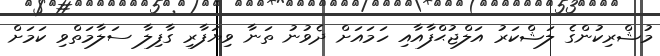
މުޝްރިކުންގެ ލަޝްކަރު އަލްޖުޙްފާއާއި ހަމައަށް ދެވުނު ތަނާ ވިޔަފާރި ގާފިލާ ސަލާމަތްވި ކަމަށް